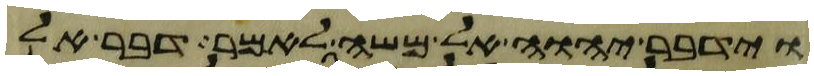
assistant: וידבר יהוה אל משה לאמר דבר אל